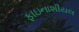
ફાઇનાશીયલ